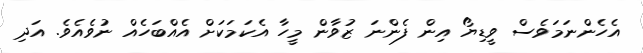
އެހެންނަމަވެސް ވީޑިޔޯ އިން ފެންނަ ޒުވާން މީހާ އެކަމަކަށް އެއްބަހެއް ނުވެއެވެ. އަދި